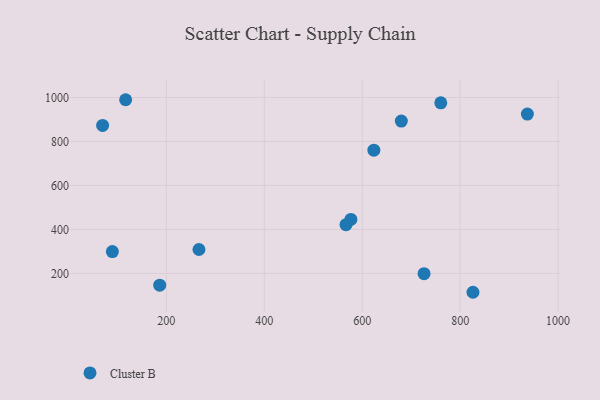
{"axis": {"x": "Study Hours", "y": "Fuel Efficiency"}, "legend": ["Cluster B"], "data": [{"x": "726.3", "y": 198.9, "type": "Cluster B"}, {"x": "69.9", "y": 872.7, "type": "Cluster B"}, {"x": "826.2", "y": 114.3, "type": "Cluster B"}, {"x": "576.9", "y": 445.4, "type": "Cluster B"}, {"x": "566.9", "y": 421.8, "type": "Cluster B"}, {"x": "266.6", "y": 308.8, "type": "Cluster B"}, {"x": "937.3", "y": 924.6, "type": "Cluster B"}, {"x": "760.5", "y": 975.6, "type": "Cluster B"}, {"x": "623.8", "y": 760.4, "type": "Cluster B"}, {"x": "116.9", "y": 989.7, "type": "Cluster B"}, {"x": "679.9", "y": 892.5, "type": "Cluster B"}, {"x": "186.5", "y": 146.6, "type": "Cluster B"}, {"x": "89.8", "y": 299.5, "type": "Cluster B"}]}